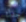
جدك